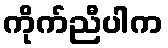
ကိုက်ညီပါက